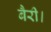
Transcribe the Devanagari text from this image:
बैरी।